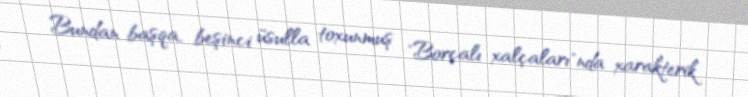
Bundan başqa, beşinci üsulla toxunmuş "Borçalı xalçaları"nda xarakterik